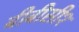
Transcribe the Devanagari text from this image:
बीबीसी१